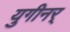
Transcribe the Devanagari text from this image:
युगीनर्